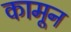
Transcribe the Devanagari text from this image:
कामून